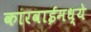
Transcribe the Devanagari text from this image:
कारवाईमध्ये